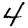
Digit: 4